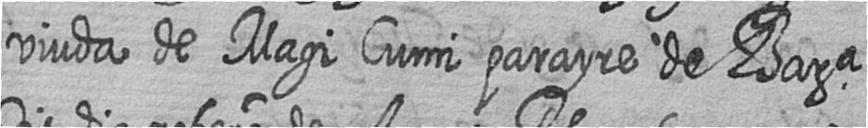
viuda de Magi Cumi parayre de Bara